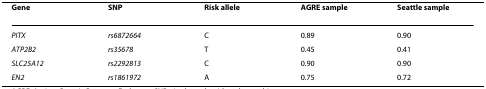
| Gene | SNP | Risk allele | AGRE sample | Seattle sample |
 | --- | --- | --- | --- | --- |
 | PITX | rs6872664 | C | 0.89 | 0.90 |
 | ATP2B2 | rs35678 | T | 0.45 | 0.41 |
 | SLC25A12 | rs2292813 | C | 0.90 | 0.90 |
 | EN2 | rs1861972 | A | 0.75 | 0.72 |